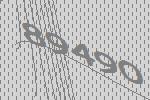
89490